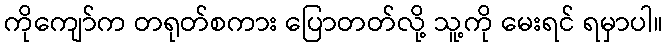
ကိုကျော်က တရုတ်စကား ပြောတတ်လို့ သူ့ကို မေးရင် ရမှာပါ။